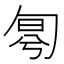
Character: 𠣤